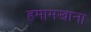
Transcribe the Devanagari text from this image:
हमामखाना